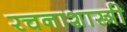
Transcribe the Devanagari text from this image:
रचनाशास्त्री